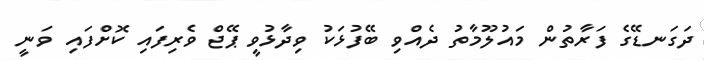
ދަގަނޑޭގެ ފަރާތުން މައުލޫމާތު ދެއްވި ބޭފުޅަކު ވިދާޅުވީ ޕޭޖް ވެރިފައި ކޮށްފައި ވަނީ